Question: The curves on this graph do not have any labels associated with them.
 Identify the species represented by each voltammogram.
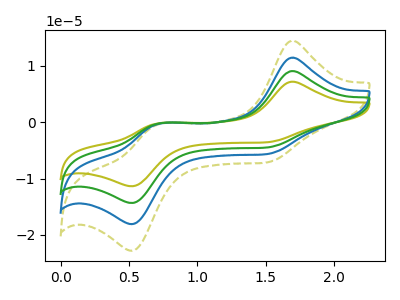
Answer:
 <answer>The olive curve does not have a label. The olive dashed curve does not have a label. The blue curve does not have a label. The green curve does not have a label.</answer>
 <eval></eval>